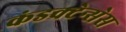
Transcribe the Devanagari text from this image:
कंडक्टेन्सेस